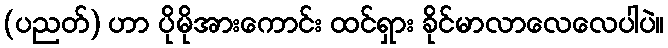
(ပညတ်) ဟာ ပိုမိုအားကောင်း ထင်ရှား ခိုင်မာလာလေလေပါပဲ။